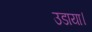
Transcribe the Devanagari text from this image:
उडाया।